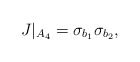
\begin{align*}J|_{A_4} = \sigma_{b_1} \sigma_{b_2},\end{align*}